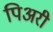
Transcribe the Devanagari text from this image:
पिअरी